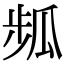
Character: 𤫻